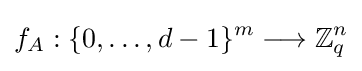
f_{A}:\lbrace 0,\ldots ,d-1\rbrace ^{m}\longrightarrow \mathbb {Z} _{q}^{n}